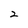
Character: 2